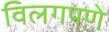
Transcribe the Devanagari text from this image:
विलगपणे